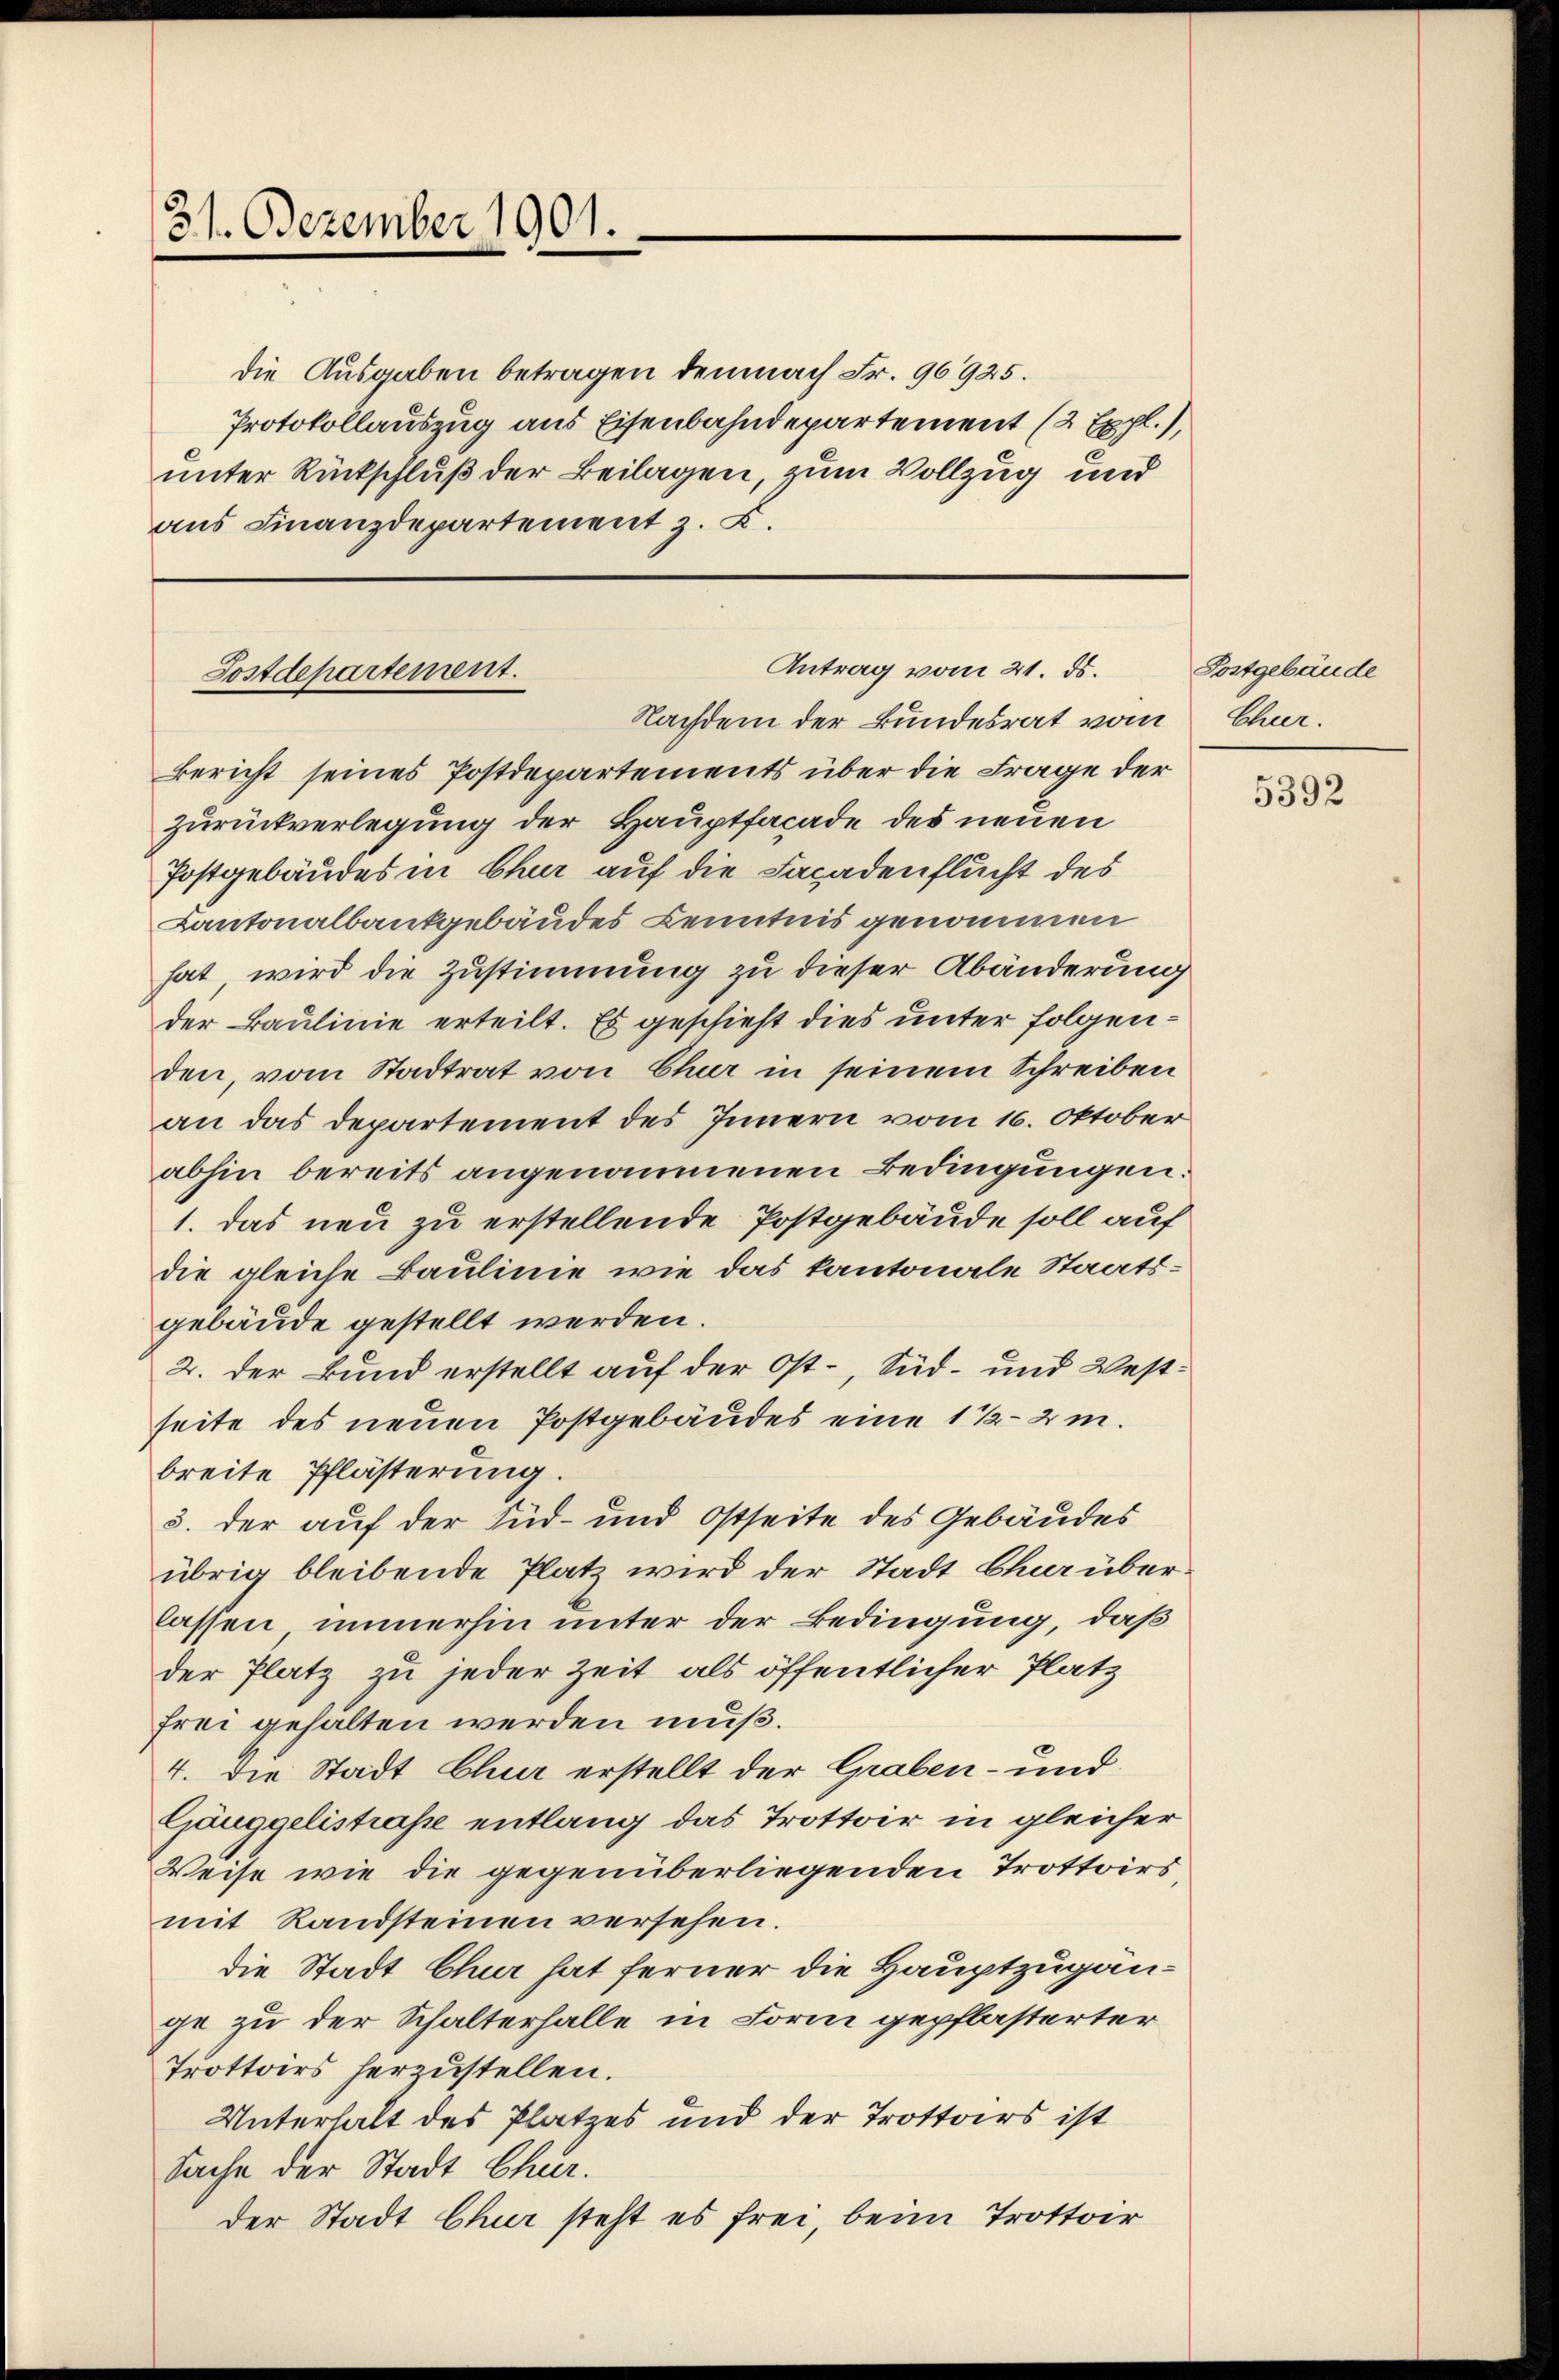
31. Dezember 1901.

die Ausgaben betragen demnach Fr. 96925.
Protokollauszug aus Eisenbahndepartement (2 Expl.),
unter Rückschluß der Beilagen, zum Vollzug und
aus Finanzdepartement z. B.

Antrag vom 21. ds.
Postdepartement.
Nachdem der Bundesrat vom Cha¬

Bericht seines Postdepartements über die Frage der
zurückverlegung der Hauptfacade des neuen
Postgebäudes in Chur auf die Facadenflucht des
Kantonalbankgebäudes Kenntnis genommen
hat, wird die Zustimmung zu dieser Abänderung
der Baulinie erteilt. Es geschieht dies unter folgenden, vom Stadtrat von Chur in seinem Schreiben
an das Departement des Innern vom 16. Oktober
abhin bereits angenommenen Bedingungen.
1. das neu zu erstellende Postgebäude soll auf
die gleiche Baulinie wie das kantonale Staats-
gebäude gestellt werden.
2. der Bund erstellt auf der Ost-, Süd- und Westseite des neuen Postgebäudes eine 1 ½ 2 m.
breite Pflästerung
3. der auf der Süd- und Ostseite des Gebäudes
übrig bleibende Platz wird der Stadt Chur überlassen immerhin unter der Bedingung, daß
der Platz zu jeder Zeit als öffentlicher Platz
frei gehalten werden muß.
4. Die Stadt Chur erstellt der Graben- und
Ganggelistraße entlang das Trottoir in gleicher
Weise wie die gegenüberliegenden Trottoirs
mit Randsteinen versehen.
die Stadt Chur hat ferner die Hauptzugange zu der Schalterhalle in Form gepflasterter
Trottoirs herzustellen.
Unterhalt des Platzes und der Trottoirs ist
Sache der Stadt Chur.
der Stadt Chur steht es frei, beim Trottoir

Postgebäude

5392